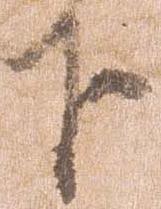
下